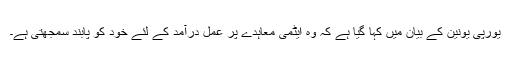
یورپی یونین کے بیان میں کہا گیا ہے کہ وہ ایٹمی معاہدے پر عمل درآمد کے لئے خود کو پابند سمجھتی ہے۔